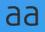
aa